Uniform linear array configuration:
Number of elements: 4
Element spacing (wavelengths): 0.25
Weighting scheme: binomial
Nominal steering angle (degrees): -15
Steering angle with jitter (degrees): -13.169
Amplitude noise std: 0.05
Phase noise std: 0.05

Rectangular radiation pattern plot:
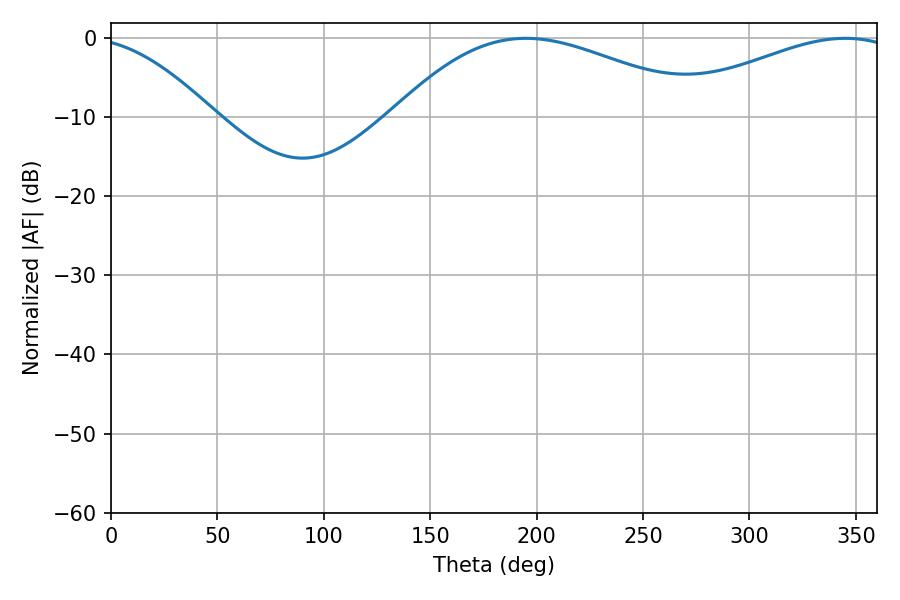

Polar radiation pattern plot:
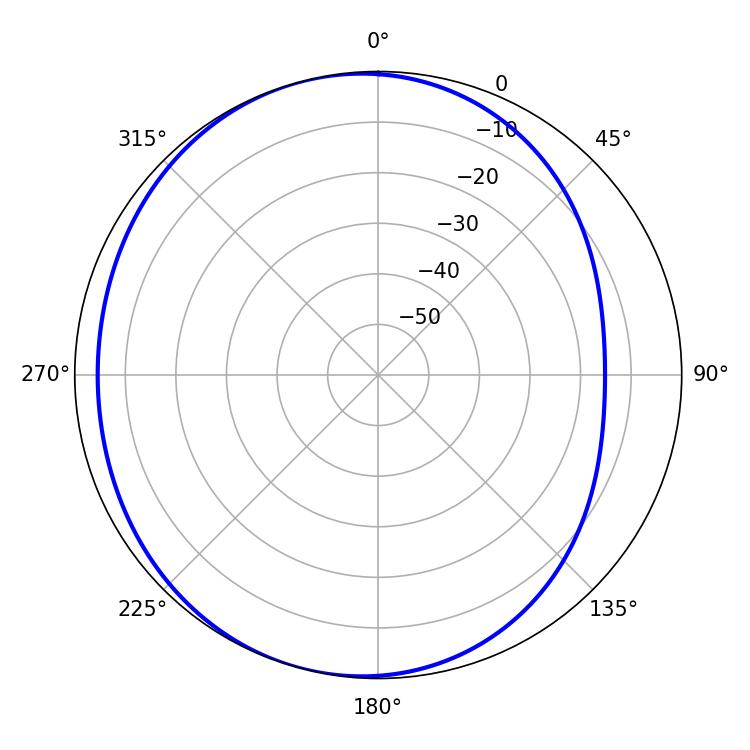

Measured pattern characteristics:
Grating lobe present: FALSE
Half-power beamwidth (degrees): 80.46
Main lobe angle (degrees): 194.94